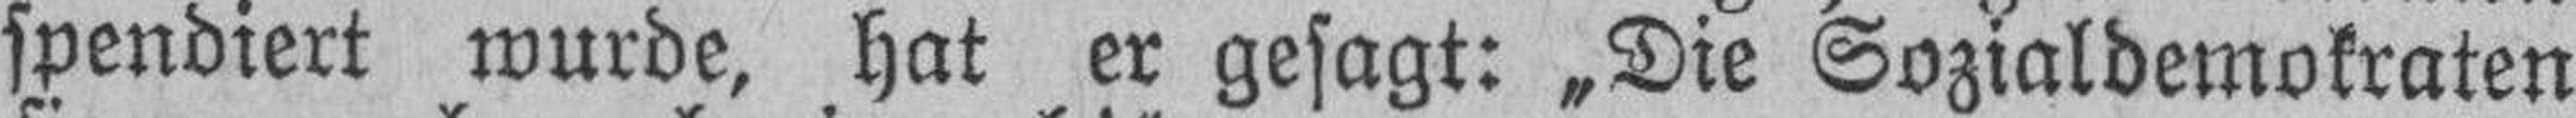
spendiert wurde, hat er gesagt: „Die Sozialdemokraten